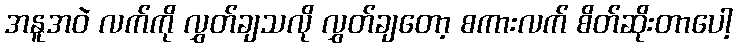
အနူအဝဲ လက်ကို လွှတ်ချသလို လွှတ်ချတော့ စကားလက် စိတ်ဆိုးတာပေါ့